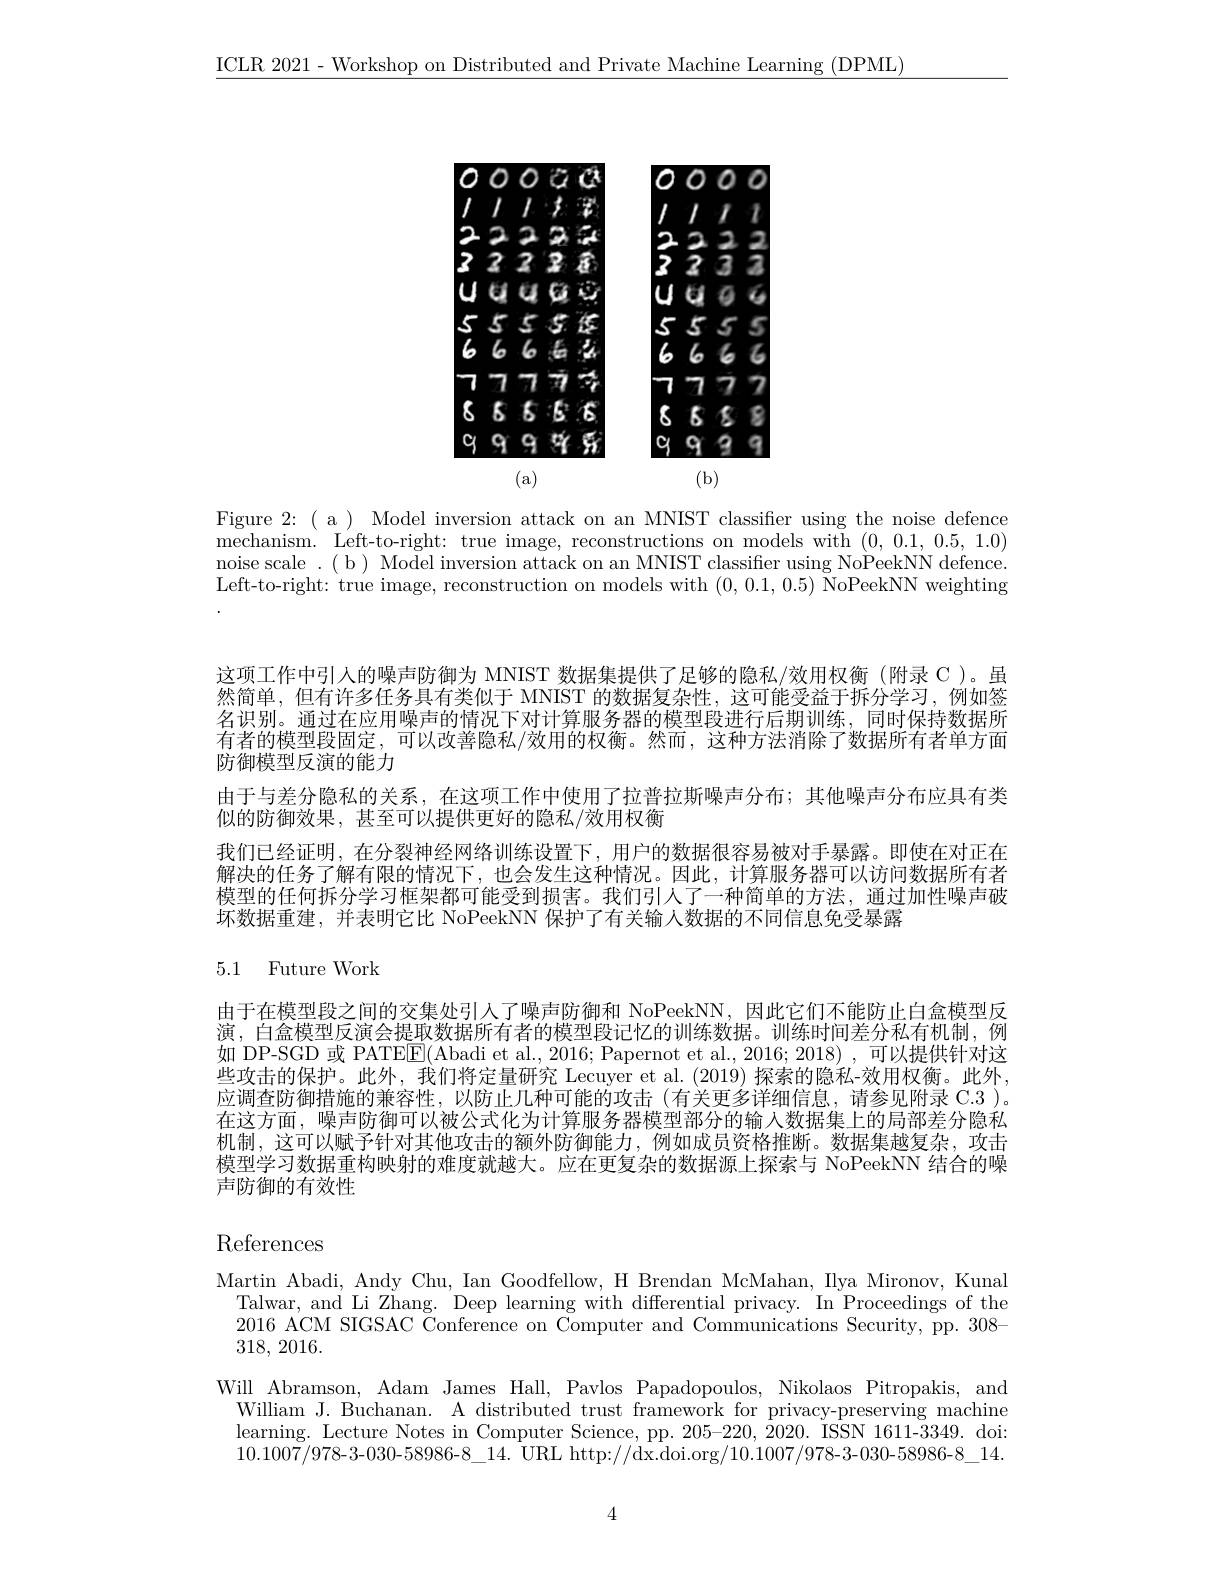
$\underline{\mathrm{ICLR~2021~-Workshop~on~Distributed~and~Private~Machine~Learning~(DPML)}}$

<FigureHere>

Figure 2:( a) Model inversion attack on an MNIST classifier using the noise defence mechanism. Left-to-right: true image, reconstructions on models with (0,0.1,0.5,1.0) noise scale .( b) Model inversion attack on an MNIST classifier using NoPeekNN defence. Left-to-right: true image, reconstruction on models with (0,0.1,0.5) NoPeekNN weighting

这项工作中引人的噪声防御为 MNIST 数据集提供了足够的隐私/效用权衡(附录 C)。虽然简单，但有许多任务具有类似于 MNIST 的数据复杂性，这可能受益于拆分学习，例如签名识别。通过在应用噪声的情况下对计算服务器的模型段进行后期训练，同时保持数据所有者的模型段固定，可以改善隐私/效用的权衡。然而，这种方法消除了数据所有者单方面防御模型反演的能力
由于与差分隐私的关系，在这项工作中使用了拉普拉斯噪声分布；其他噪声分布应具有类
似的防御效果，甚至可以提供更好的隐私/效用权衡
我们已经证明，在分裂神经网络训练设置下，用户的数据很容易被对手暴露。即使在对正在解决的任务了解有限的情况下，也会发生这种情况。因此，计算服务器可以访问数据所有者模型的任何拆分学习框架都可能受到损害。我们引人了一种简单的方法，通过加性噪声破坏数据重建，并表明它比 NoPeekNN 保护了有关输人数据的不同信息免受暴露

## 5.1 Future Work

由于在模型段之间的交集处引人了噪声防御和 NoPeekNN,因此它们不能防止白盒模型反演，白盒模型反演会提取数据所有者的模型段记忆的训练数据。训练时间差分私有机制，例如 DP-SGD 或 PATE$\overline{\mathrm{E}}($Abadi et al., 2016; Papernot et al., 2016; 2018) , 可以提供针对这些攻击的保护。此外，我们将定量研究 Lecuyer et al. (2019) 探索的隐私-效用权衡。此外， 应调查防御措施的兼容性，以防止几种可能的攻击(有关更多详细信息，请参见附录 C.3 )。在这方面，噪声防御可以被公式化为计算服务器模型部分的输人数据集上的局部差分隐私机制，这可以赋予针对其他攻击的额外防御能力，例如成员资格推断。数据集越复杂，攻击模型学习数据重构映射的难度就越大。应在更复杂的数据源上探索与 NoPeekNN 结合的噪声防御的有效性

References

Martin Abadi, Andy Chu, Ian Goodfellow, H Brendan McMahan, Ilya Mironov, Kunal
Talwar, and Li Zhang. Deep learning with differential privacy. In Proceedings of the 2016 ACM SIGSAC Conference on Computer and Communications Security, pp. 308- 318, 2016.
Will Abramson, Adam James Hall, Pavlos Papadopoulos, Nikolaos Pitropakis, and
William J. Buchanan. A distributed trust framework for privacy-preserving machine learning. Lecture Notes in Computer Science, pp. 205-220, 2020. ISSN 1611-3349. doi: $10.1007/978-3-030-58986-8\_14.$ URL http://dx.doi.org$/10.1007/978-3-030-58986-8\_14.$

4